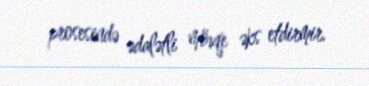
prosesində ədalətli mövqe əks etdirmir.